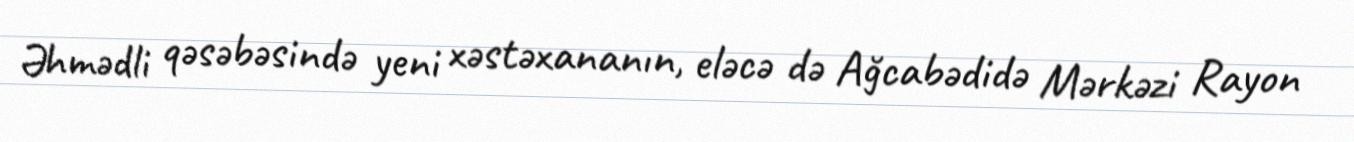
Əhmədli qəsəbəsində yeni xəstəxananın, eləcə də Ağcabədidə Mərkəzi Rayon